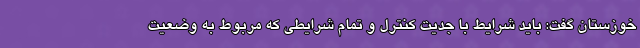
خوزستان گفت: باید شرایط با جدیت کنترل و تمام شرایطی که مربوط به وضعیت